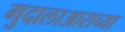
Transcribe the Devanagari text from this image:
गुदालाआराच्या